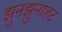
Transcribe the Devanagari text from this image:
झुनझुनाहट